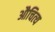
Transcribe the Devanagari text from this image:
औचित्‍य